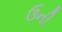
ઉની